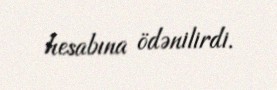
hesabına ödənilirdi.